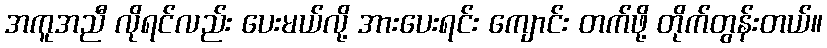
အကူအညီ လိုရင်လည်း ပေးမယ်လို့ အားပေးရင်း ကျောင်း တက်ဖို့ တိုက်တွန်းတယ်။